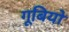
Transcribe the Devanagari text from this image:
गूबियो